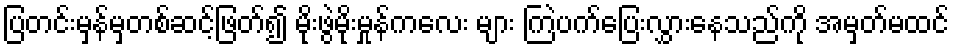
ပြတင်းမှန်မှတစ်ဆင့်ဖြတ်၍ မိုးဖွဲမိုးမှုန်ကလေး များ ကြဲပက်ပြေးလွှားနေသည်ကို အမှတ်မထင်